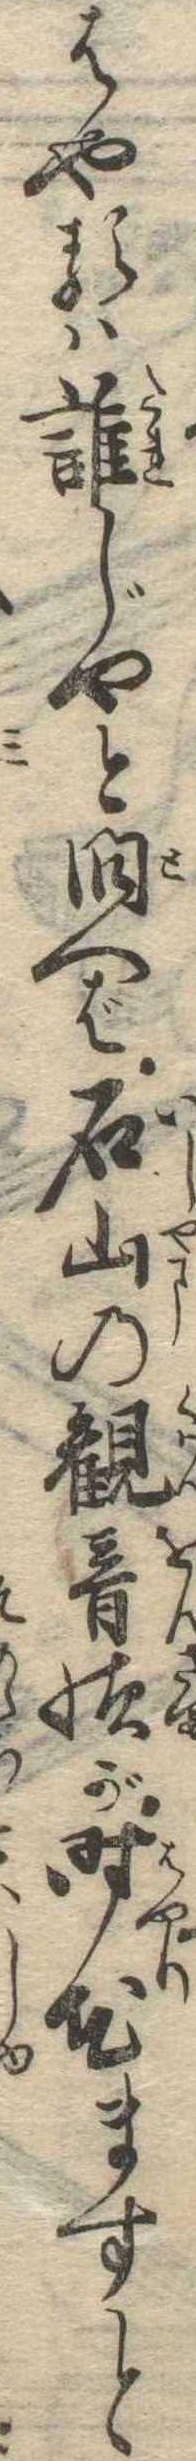
はやるは誰じやと問へば石山の観音様が時花ますと